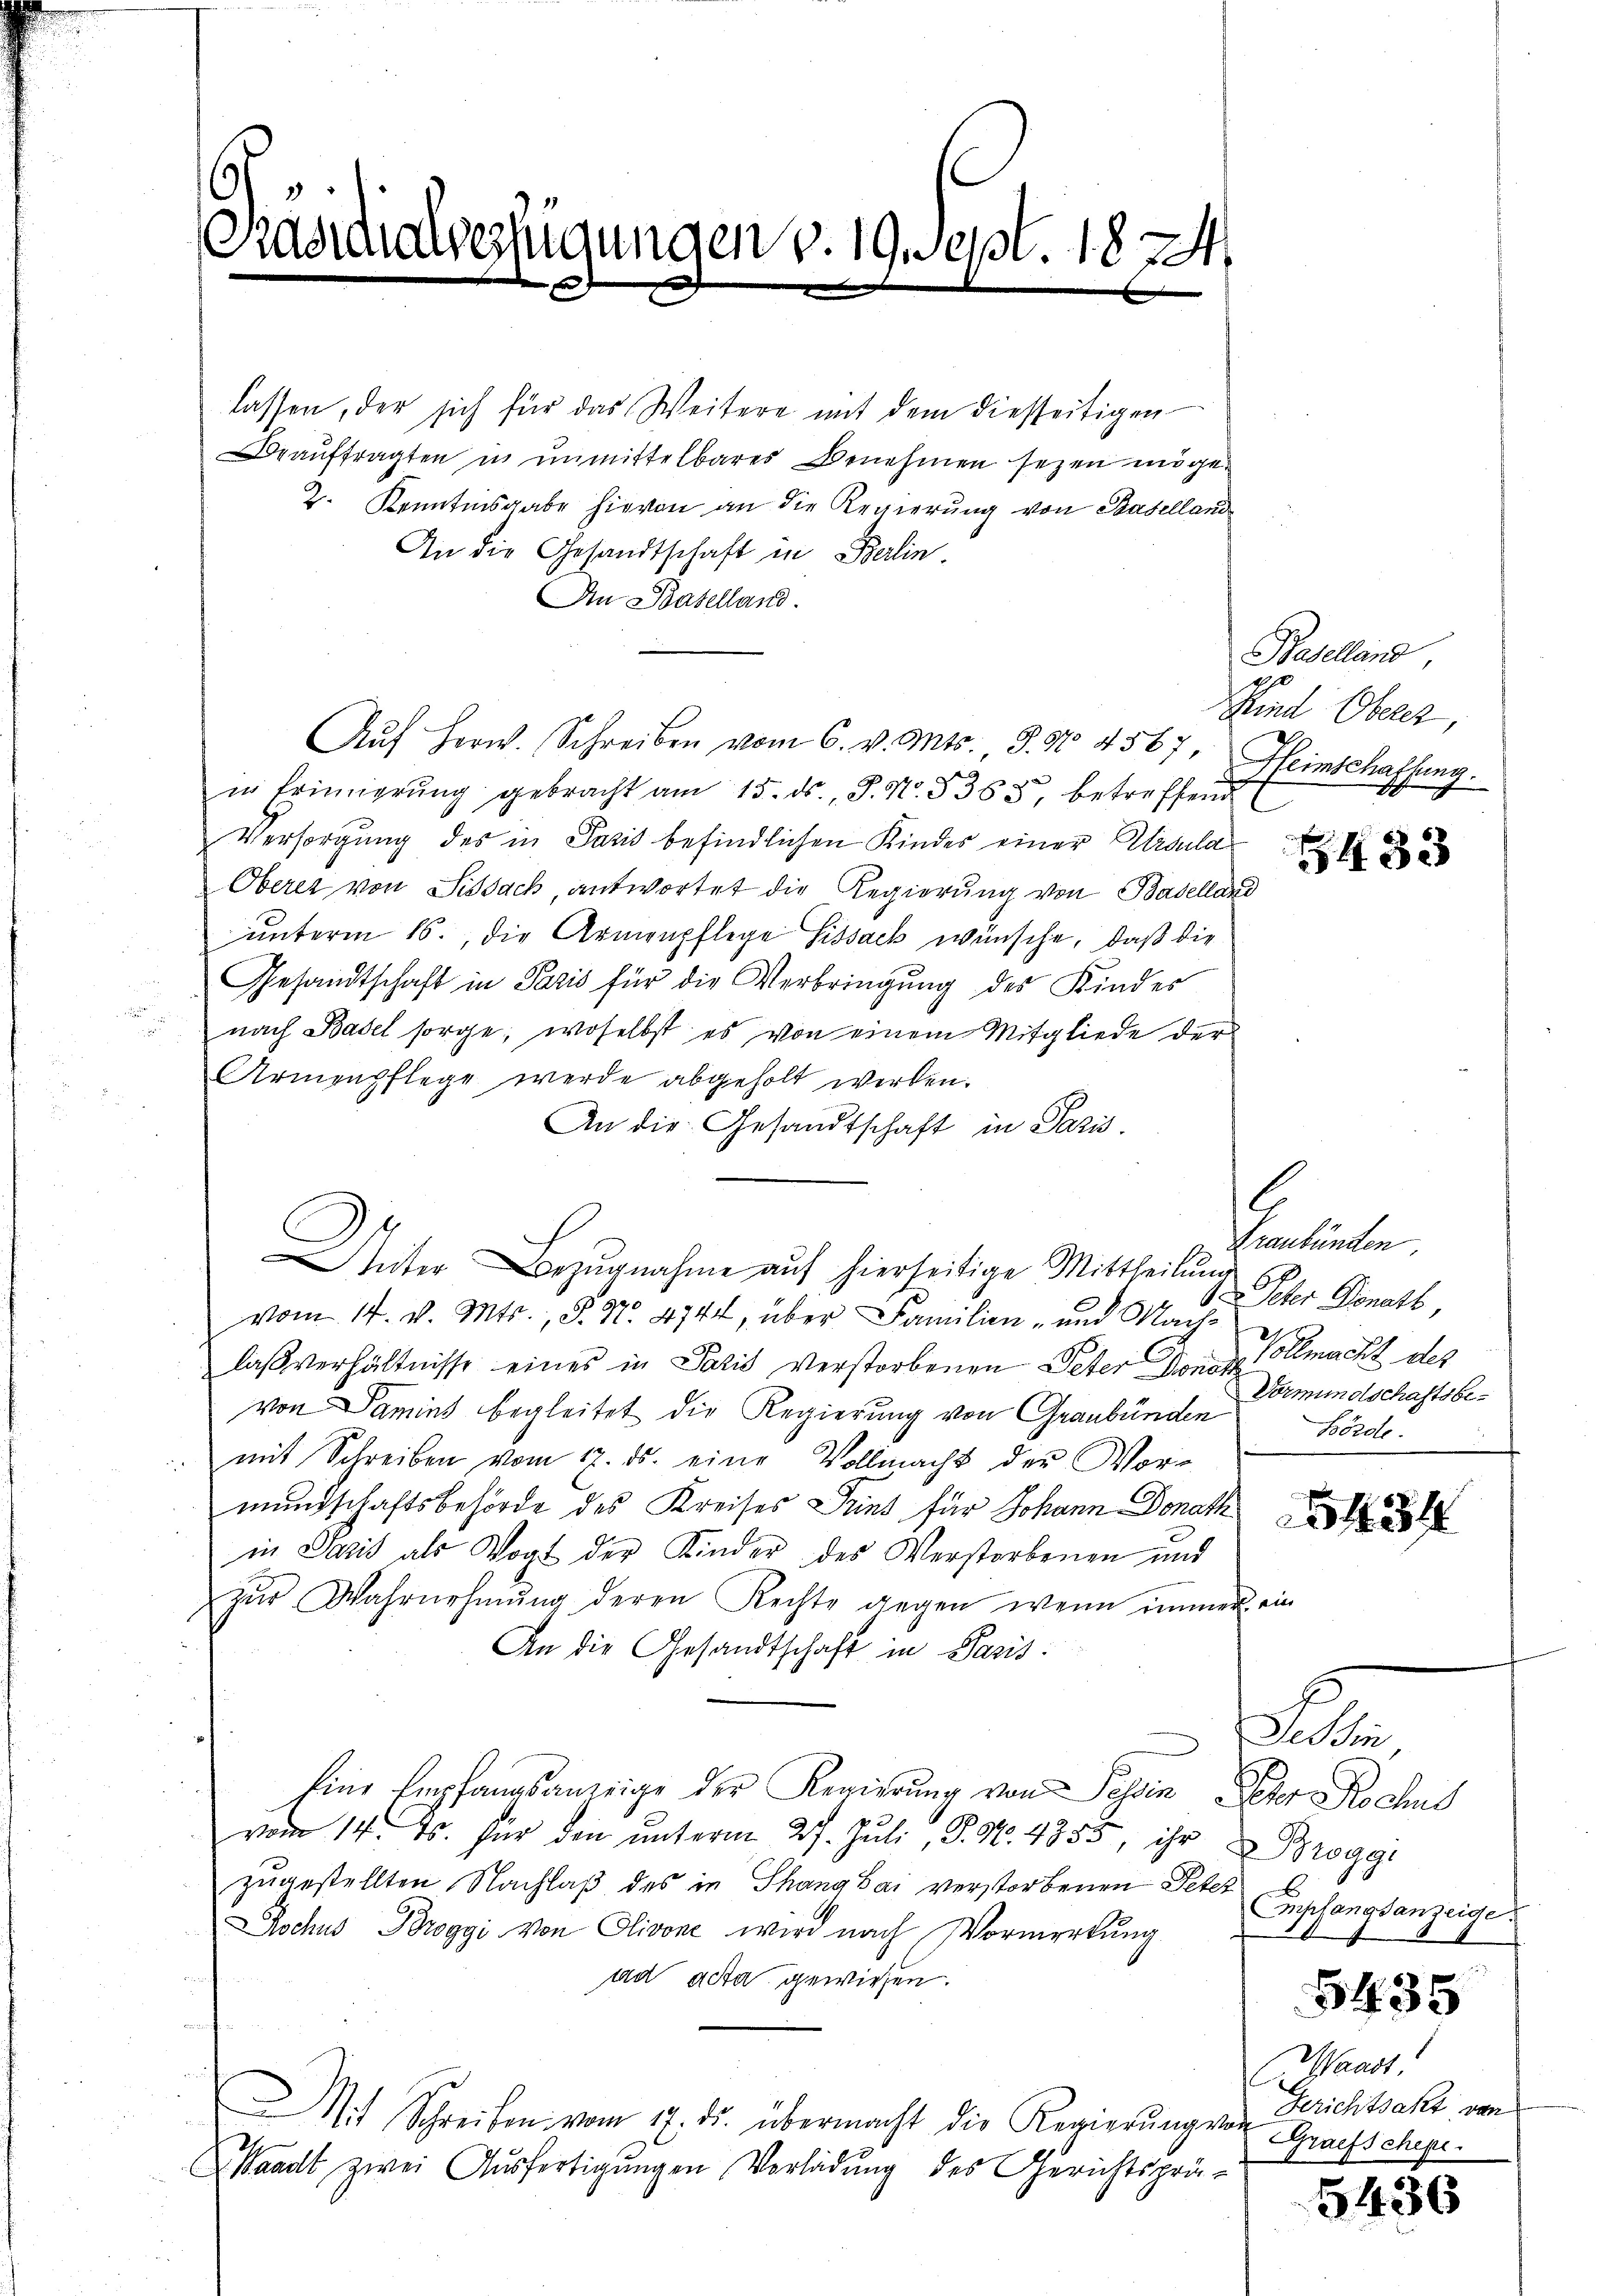
.

lassen, der sich für das Weitere mit dem diesseitigen
eauftragten in unmittelbares Benehmen sezen möge
2. Kenntinsgabe hievon an die Regierung von Baselland
An die Gesandtschaft in Berlin
An Baselland.
in Erimierŭng gebracht am 15. ds., S. Nr. 5383, betreffend
Versorgung des in Paris befindlichen Kindes einer Ursula
Oberer von Sissach, antwortet die Regierung von Baselland
unterm 16., die Armenpflege Sissack wünsche, daß die
Gesandtschaft in Paris für die Verbringung des Kindes
nach Basel sorge, woselbst es von einem Mitgliede der
Armenpflege werde abgeholt wirken.
An die Gesandtschaft in Paris
C
niter Bezŭgnahme aŭf hierseitige Mittheilŭng
vom 14. v. Mts., P. Nr. 4744, über Familien- und Nach¬
2
laßverhältnisse eines in Satis verstorbenen Peter Donatvon Damins begleitet die Regierung von Graubünden
mit Schreiben vom 17. ds. eine Vollmacht der Vor-
mundschaftsbehörde des Kreises Pries für Johann Donath
in Paris als Vogt der Kinder des Verstorbenen und
zur Wahrnehmung deren Rechte gegen wenn immer ein
An die Gesandtschaft in Paris
Eine Empfangsanzeige der Regierung von Peten Peter Rochus
vom 14. ds. für den ŭnterm 27. Jŭli, P. Nr. 4855, ihr Brogg
zugestellten Nachlaß des in Thang bai verstorbenen Peter
ochus Broggi von Olivone wird nach Vormerkŭng
ad acta gewiesen.
Mit Schreiben vom 17. ds. übermacht die Regierŭng von
Waadt zwei Ausfertigungen Vorladung des Gerichtsprä-

Averfügungen v. 19. Sept. 1874.
xx

Aŭf Herw. Schreiben vom 6. v. Mts. 8. No 4567

Baselland
Sind Oberz
Heinschaffung.

433

Graubünden
Peter Bonett,
Vollmacht des
Vormimolschaftsbe¬
Börde.

434

Tessin
Empfangsanzeige.

54. 35

Waadt,
Gerichtsakt von
GGraefschepi.

5436